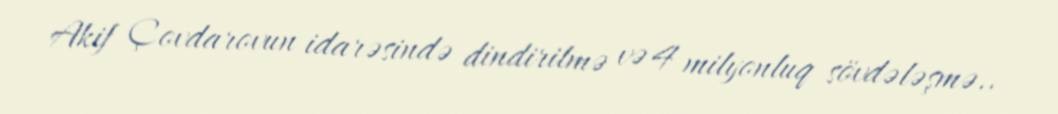
Akif Çovdarovun idarəsində dindirilmə və 4 milyonluq sövdələşmə..